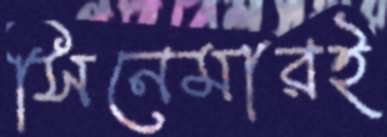
সিনেমারই